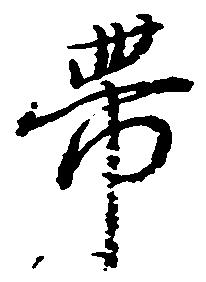
帯